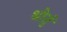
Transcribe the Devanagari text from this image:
श्रोतुं